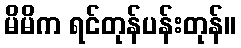
မိမိက ရင်တုန်ပန်းတုန်။